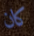
كان